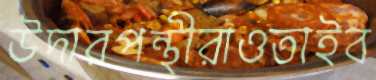
উদারপন্থীরাওতাইব